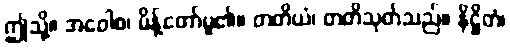
ဤသို့။ အဝေါစ၊ မိန့်တော်မူ၏။ တတိယံ၊ တတိသုတ်သည်။ နိဋ္ဌိတံ၊